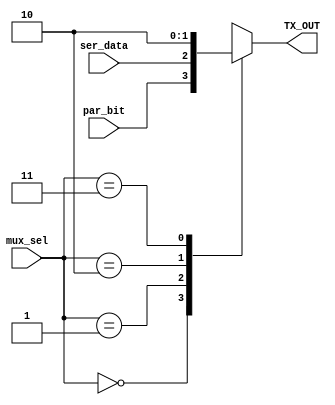
module MUX (
    input wire [1:0] mux_sel,
    input wire ser_data,
    input wire par_bit,
    output reg TX_OUT
);



always @(*) begin
    case (mux_sel)
2'b00 : TX_OUT = par_bit;
2'b01 : TX_OUT = ser_data;
2'b10 : TX_OUT = 1'b1;
2'b11 : TX_OUT = 1'b0;
default : TX_OUT = 1'b0;
    endcase
end
endmodule